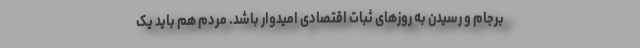
برجام و رسیدن به روزهای ثبات اقتصادی امیدوار باشد. مردم هم باید یک